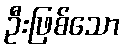
ဦးဖြစ်သော